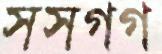
সসগগ